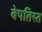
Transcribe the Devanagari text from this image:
बेपतिस्त